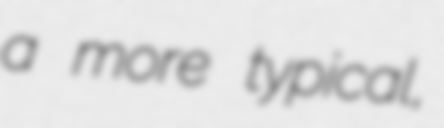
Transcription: a more typical,